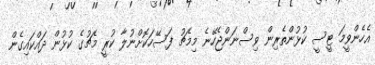
އެހެންވީމަ ޓީސީ ކުޅުންތެރިން ވިސްނަންޖެހޭނެ މިމެޗު ފަސޭހަކޮށްނުލާ ކުރީ މެޗުގެ ކުޅުން ދައްކައިގެން